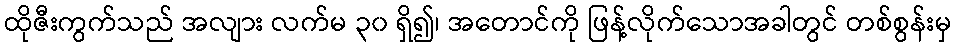
ထိုဇီးကွက်သည် အလျား လက်မ ၃၀ ရှိ၍၊ အတောင်ကို ဖြန့်လိုက်သောအခါတွင် တစ်စွန်းမှ